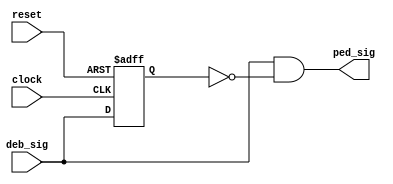
`timescale 1ns / 1ps
//////////////////////////////////////////////////////////////////////////////////
// Company: 
// Engineer: 
// 
// Design Name: 
// Module Name: PED
// Project Name: 
// Target Devices: 
// Tool Versions: 
// Description: 
// 
// Dependencies: 
// 
// Revision:
// Revision 0.01 - File Created
// Additional Comments:
// 
//////////////////////////////////////////////////////////////////////////////////


module PED(
    input clock,
    input reset,
    input deb_sig,
    output ped_sig
    );
    
    reg sig_delay;
    
    always @ (posedge clock, posedge reset)
        begin
        if (reset) sig_delay <= 1'b0;
        else sig_delay <= deb_sig;
        end
      
    assign ped_sig = deb_sig & ~sig_delay;
    
endmodule